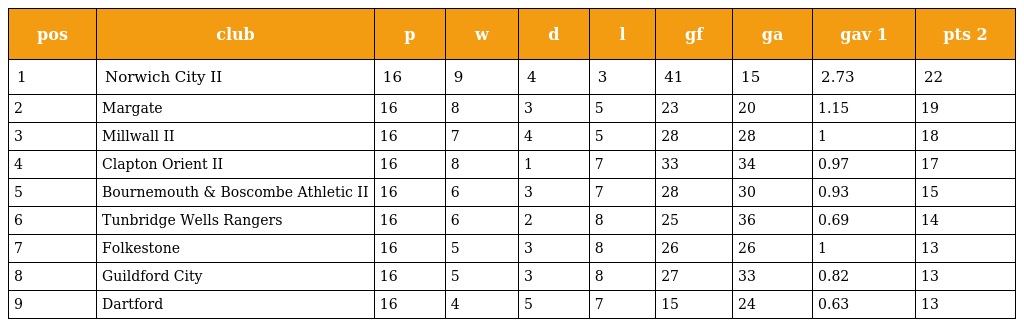
| pos | club | p | w | d | l | gf | ga | gav 1 | pts 2 |
 | --- | --- | --- | --- | --- | --- | --- | --- | --- | --- |
 | 1 | Norwich City II | 16 | 9 | 4 | 3 | 41 | 15 | 2.73 | 22 |
 | 2 | Margate | 16 | 8 | 3 | 5 | 23 | 20 | 1.15 | 19 |
 | 3 | Millwall II | 16 | 7 | 4 | 5 | 28 | 28 | 1 | 18 |
 | 4 | Clapton Orient II | 16 | 8 | 1 | 7 | 33 | 34 | 0.97 | 17 |
 | 5 | Bournemouth & Boscombe Athletic II | 16 | 6 | 3 | 7 | 28 | 30 | 0.93 | 15 |
 | 6 | Tunbridge Wells Rangers | 16 | 6 | 2 | 8 | 25 | 36 | 0.69 | 14 |
 | 7 | Folkestone | 16 | 5 | 3 | 8 | 26 | 26 | 1 | 13 |
 | 8 | Guildford City | 16 | 5 | 3 | 8 | 27 | 33 | 0.82 | 13 |
 | 9 | Dartford | 16 | 4 | 5 | 7 | 15 | 24 | 0.63 | 13 |